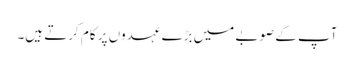
آپ کے صوبے میں بڑے عہدوں پر کام کرتے ہیں۔